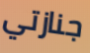
جنازتي